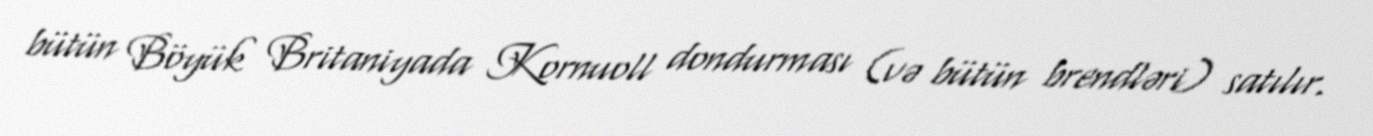
bütün Böyük Britaniyada Kornuoll dondurması (və bütün brendləri) satılır.